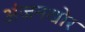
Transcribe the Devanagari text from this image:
अंजनखोर